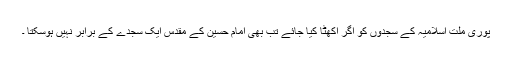
پوری ملت اسلامیہ کے سجدوں کو اگر اکھٹا کیا جائے تب بھی امام حسینؑ کے مقدس ایک سجدے کے برابر نہیں ہوسکتا ۔